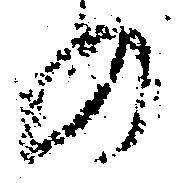
の